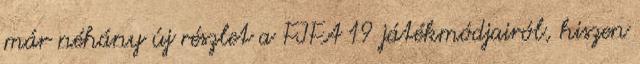
már néhány új részlet a FIFA 19 játékmódjairól, hiszen